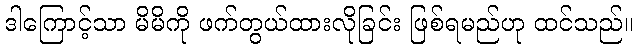
ဒါကြောင့်သာ မိမိကို ဖက်တွယ်ထားလိုခြင်း ဖြစ်ရမည်ဟု ထင်သည်။